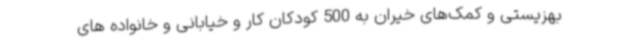
بهزیستی و کمک‌های خیران به 500 کودکان کار و خیابانی و خانواده های